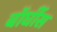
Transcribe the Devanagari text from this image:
बॉर्घीस